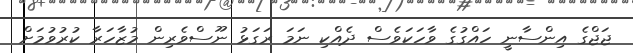
ޖަޖްގެ އިންސާނީ ހައްގުގެ ވާހަކަވެސް ދެއްކި ނަމަ ރަގަޅު ނޫސްވެރިން މުޒާހަރާ ކުރުވުމަށް